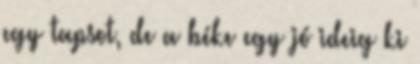
egy tapsot, de a béke egy jó ideig ki